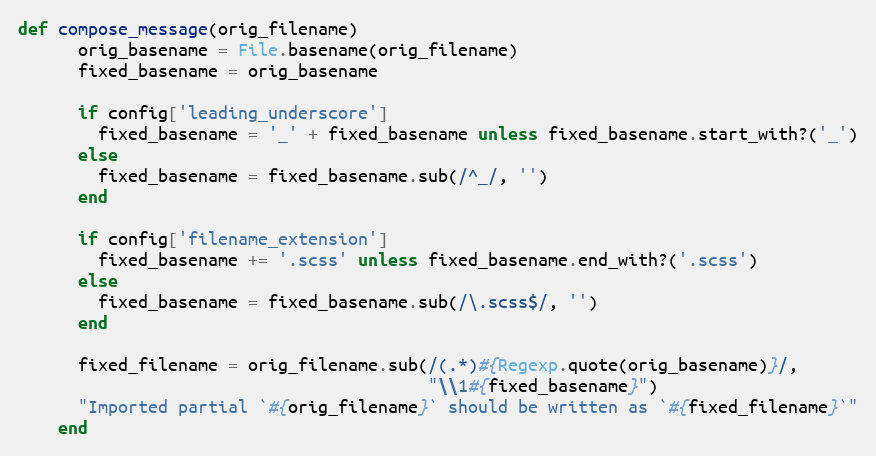
Language: Ruby
def compose_message(orig_filename)
      orig_basename = File.basename(orig_filename)
      fixed_basename = orig_basename

      if config['leading_underscore']
        fixed_basename = '_' + fixed_basename unless fixed_basename.start_with?('_')
      else
        fixed_basename = fixed_basename.sub(/^_/, '')
      end

      if config['filename_extension']
        fixed_basename += '.scss' unless fixed_basename.end_with?('.scss')
      else
        fixed_basename = fixed_basename.sub(/\.scss$/, '')
      end

      fixed_filename = orig_filename.sub(/(.*)#{Regexp.quote(orig_basename)}/,
                                         "\\1#{fixed_basename}")
      "Imported partial `#{orig_filename}` should be written as `#{fixed_filename}`"
    end